DOW-UAP-D49, Launch Summary, Vandenberg AFB, 2000
Agency: Department of War
Incident date: 2/3/00
Page 58
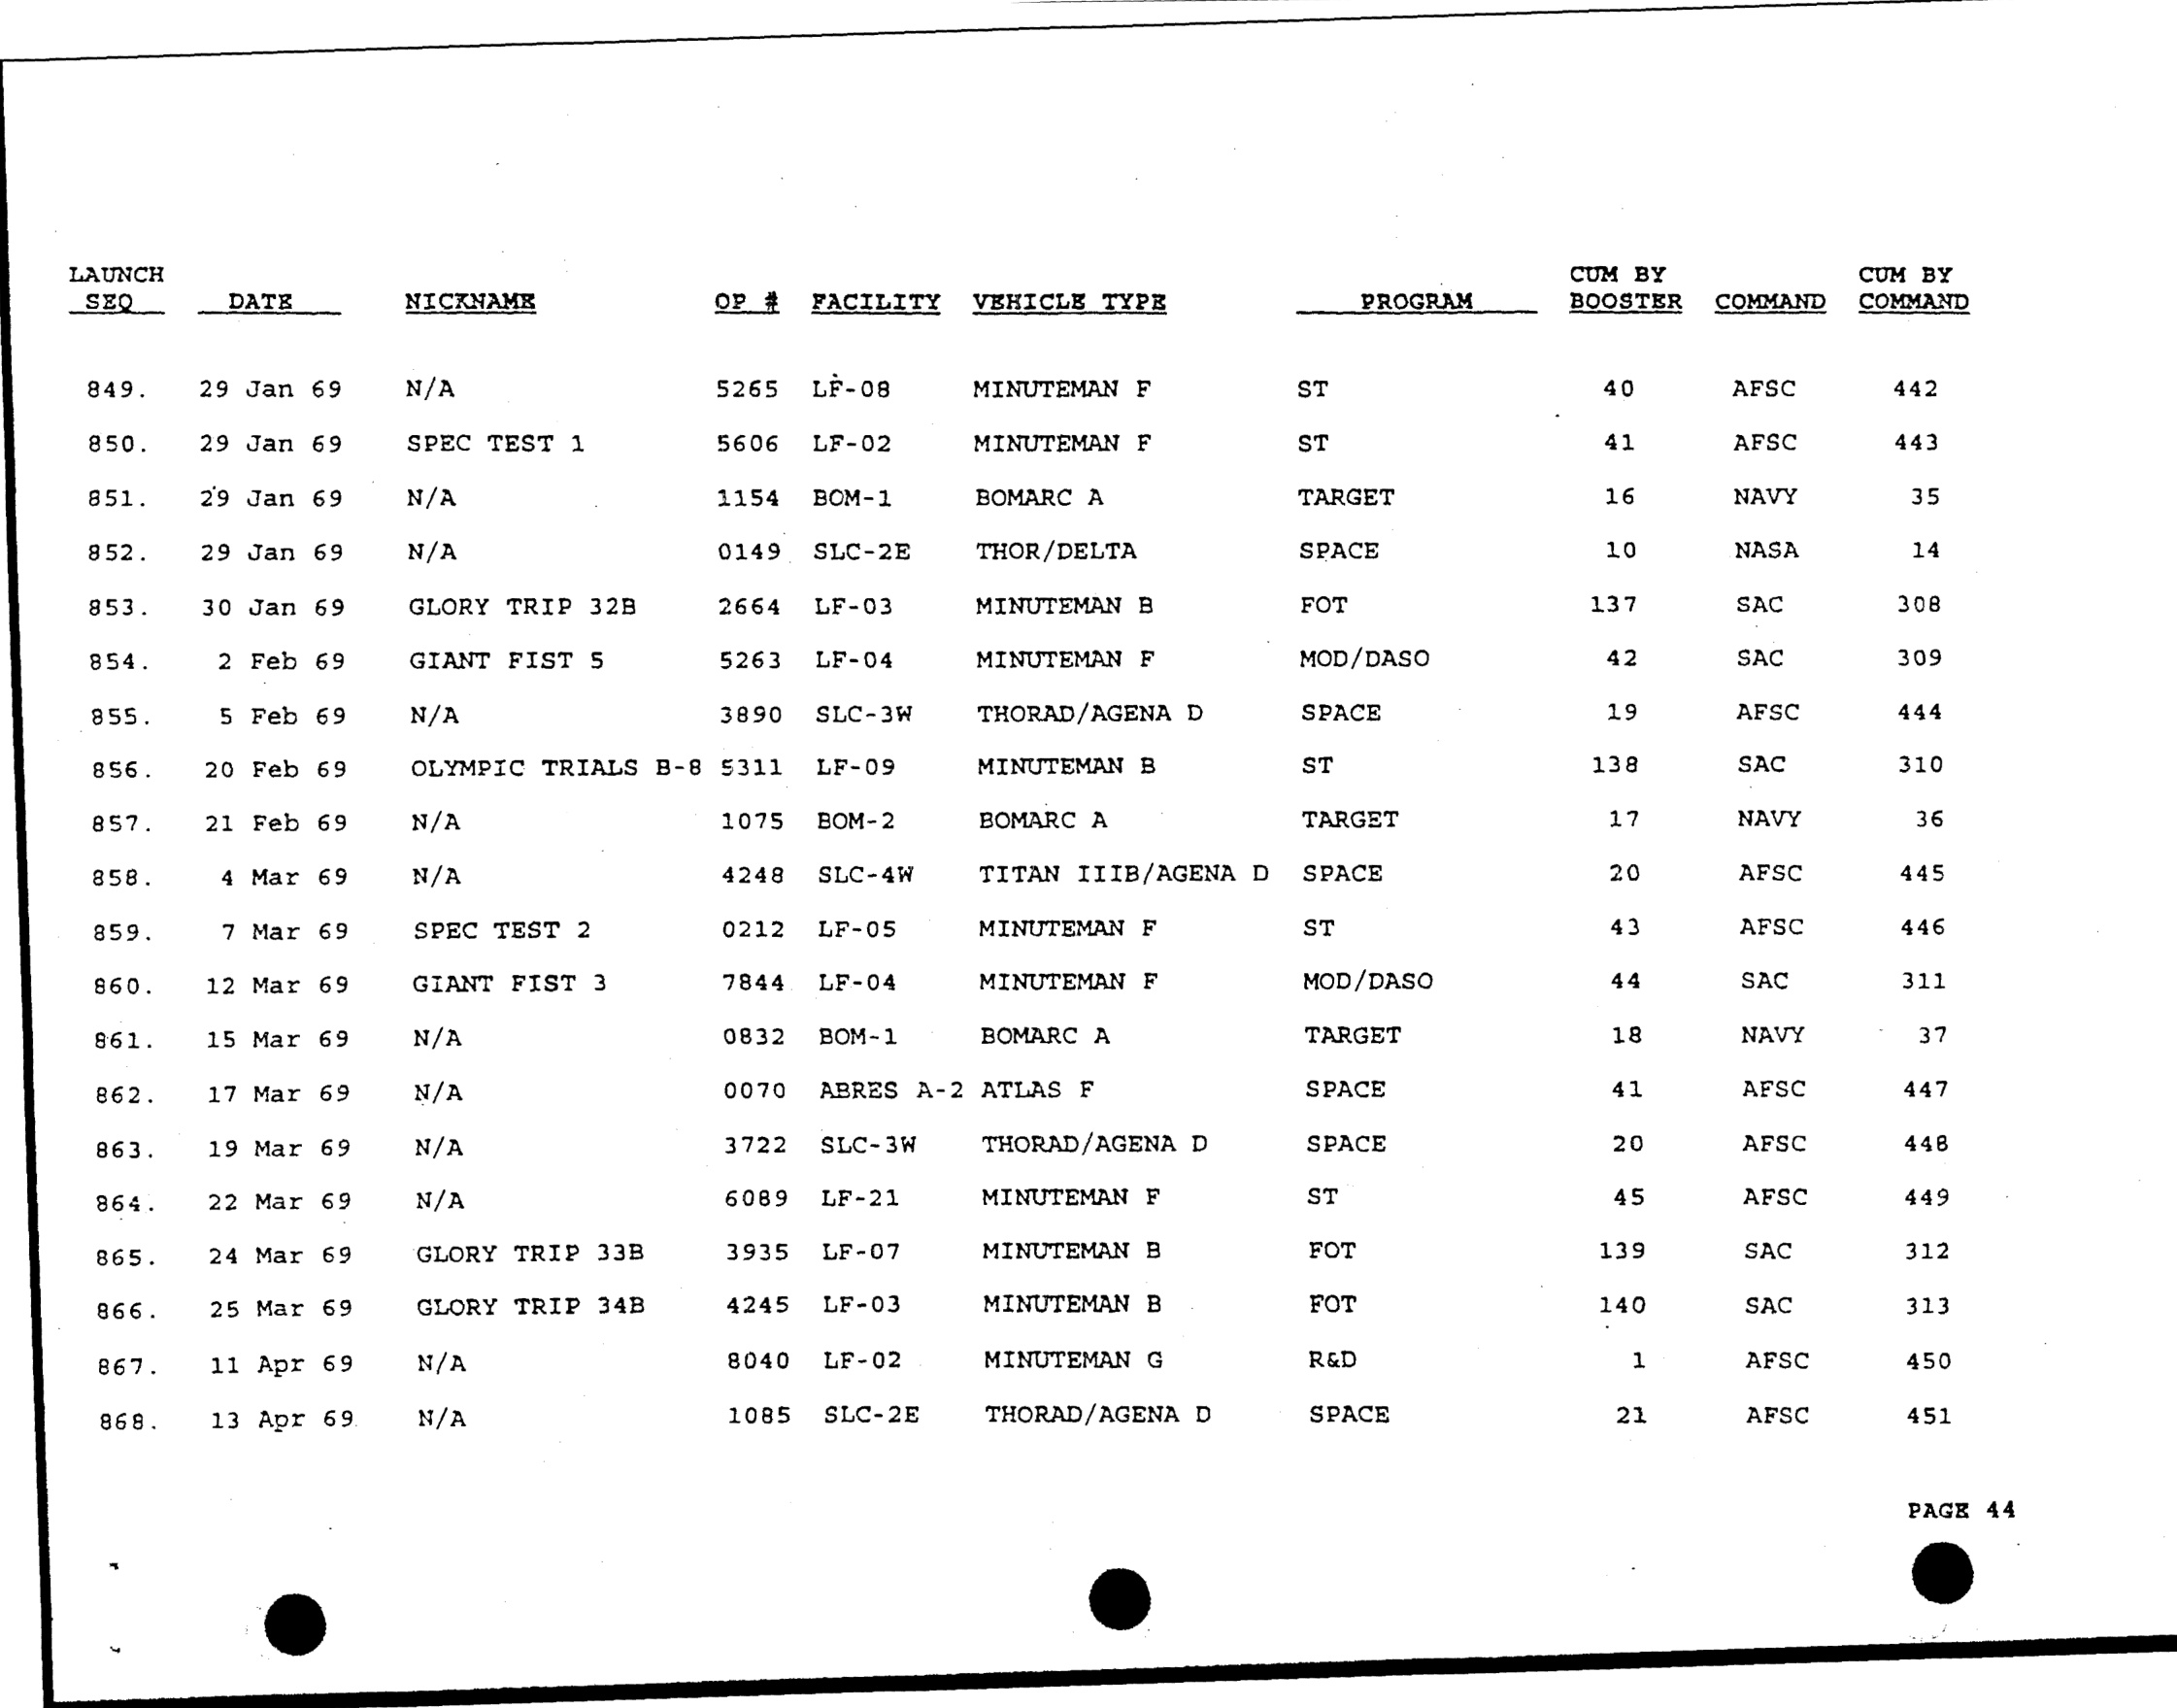